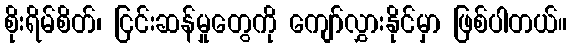
စိုးရိမ်စိတ်၊ ငြင်းဆန်မှုတွေကို ကျော်လွှားနိုင်မှာ ဖြစ်ပါတယ်။